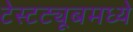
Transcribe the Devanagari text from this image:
टेस्टट्यूबमध्ये